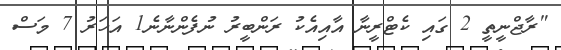
"ރާޖްނީތީ 2 ގައި ކެޓްރީނާ އާއިއެކު ރަންބީރު ނުފެންނާނެ1 އަހަރު 7 މަސް